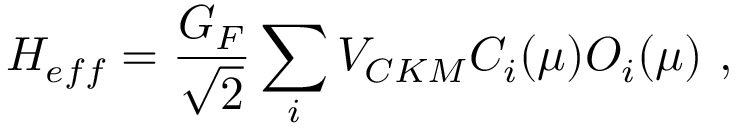
{ \cal H } _ { e f f } = \frac { G _ { F } } { \sqrt 2 } \sum _ { i } V _ { C K M } C _ { i } ( \mu ) O _ { i } ( \mu ) \ ,